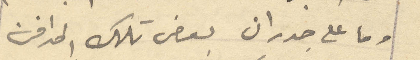
وما على جدران بعض تلك المدافن